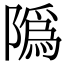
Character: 䧦